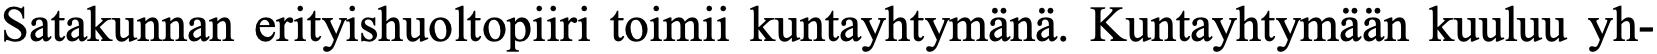
Satakunnan erityishuoltopiiri toimii kuntayhtymänä. Kuntayhtymään kuuluu yh-